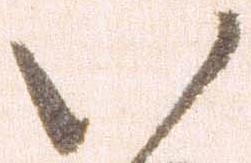
い